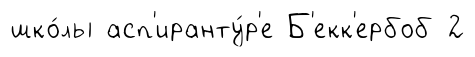
шко́лы асп'иранту́р'е Б'екк'ербоб 2